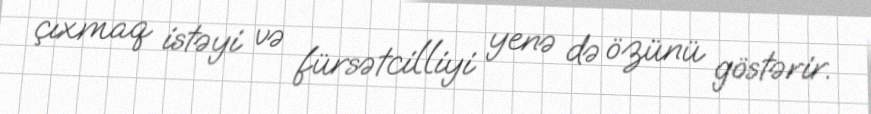
çıxmaq istəyi və fürsətcilliyi yenə də özünü göstərir.